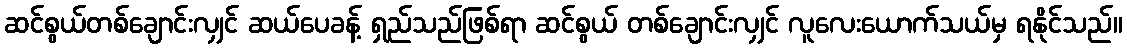
ဆင်စွယ်တစ်ချောင်းလျှင် ဆယ်ပေခန့် ရှည်သည်ဖြစ်ရာ ဆင်စွယ် တစ်ချောင်းလျှင် လူလေးယောက်သယ်မှ ရနိုင်သည်။